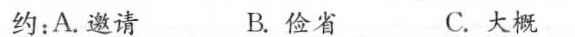
约：A.邀请 B.俭省 C.大概